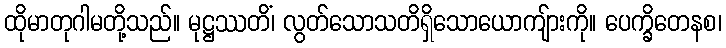
ထိုမာတုဂါမတို့သည်။ မုဋ္ဌဿတိံ၊ လွတ်သောသတိရှိသောယောကျ်ားကို။ ပေက္ခိတေနစ၊